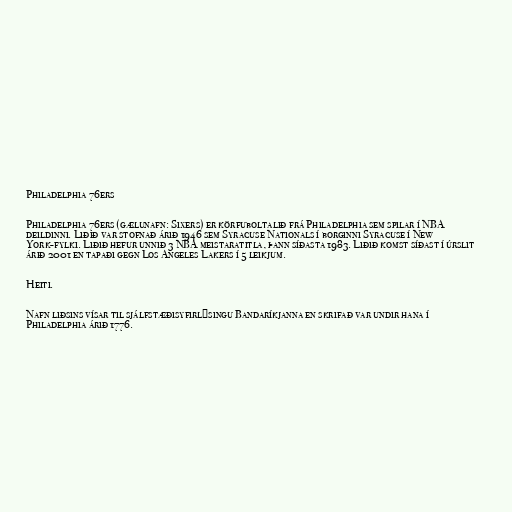
Philadelphia 76ers

Philadelphia 76ers (gælunafn: Sixers) er körfuboltalið frá Philadelphia sem spilar í NBA
deildinni. Liðið var stofnað árið 1946 sem Syracuse Nationals í borginni Syracuse í New
York-fylki. Liðið hefur unnið 3 NBA meistaratitla, þann síðasta 1983. Liðið komst síðast í úrslit
árið 2001 en tapaði gegn Los Angeles Lakers í 5 leikjum.

Heiti.

Nafn liðsins vísar til sjálfstæðisyfirlýsingu Bandaríkjanna en skrifað var undir hana í
Philadelphia árið 1776.